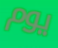
يوم